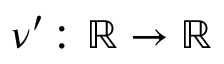
\nu ^ { \prime } \colon \ensuremath { \mathbb { R } } \to \ensuremath { \mathbb { R } }